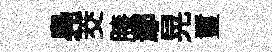
鳧茭膝鄢晃璽